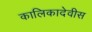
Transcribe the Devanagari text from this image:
कालिकादेवीस